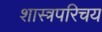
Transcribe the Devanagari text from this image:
शास्त्रपरिचय